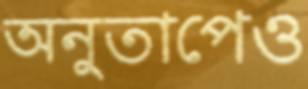
অনুতাপেও